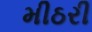
મીઠરી